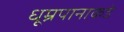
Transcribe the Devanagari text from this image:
धूम्रपानाकडे